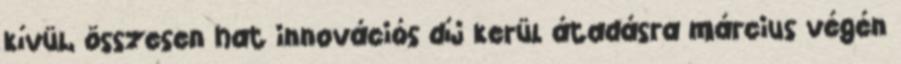
kívül, összesen hat innovációs díj kerül átadásra március végén